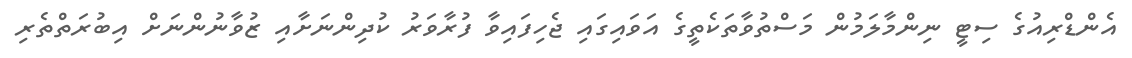
އެންޑްރިއުގެ ސިޓީ ނިންމާލަމުން މަސްތުވާތަކެތީގެ އަވައިގައި ޖެހިފައިވާ ފުރާވަރު ކުދިންނަށާއި ޒުވާނުންނަށް އިބުރަތްތެރި